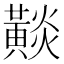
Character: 𪏋